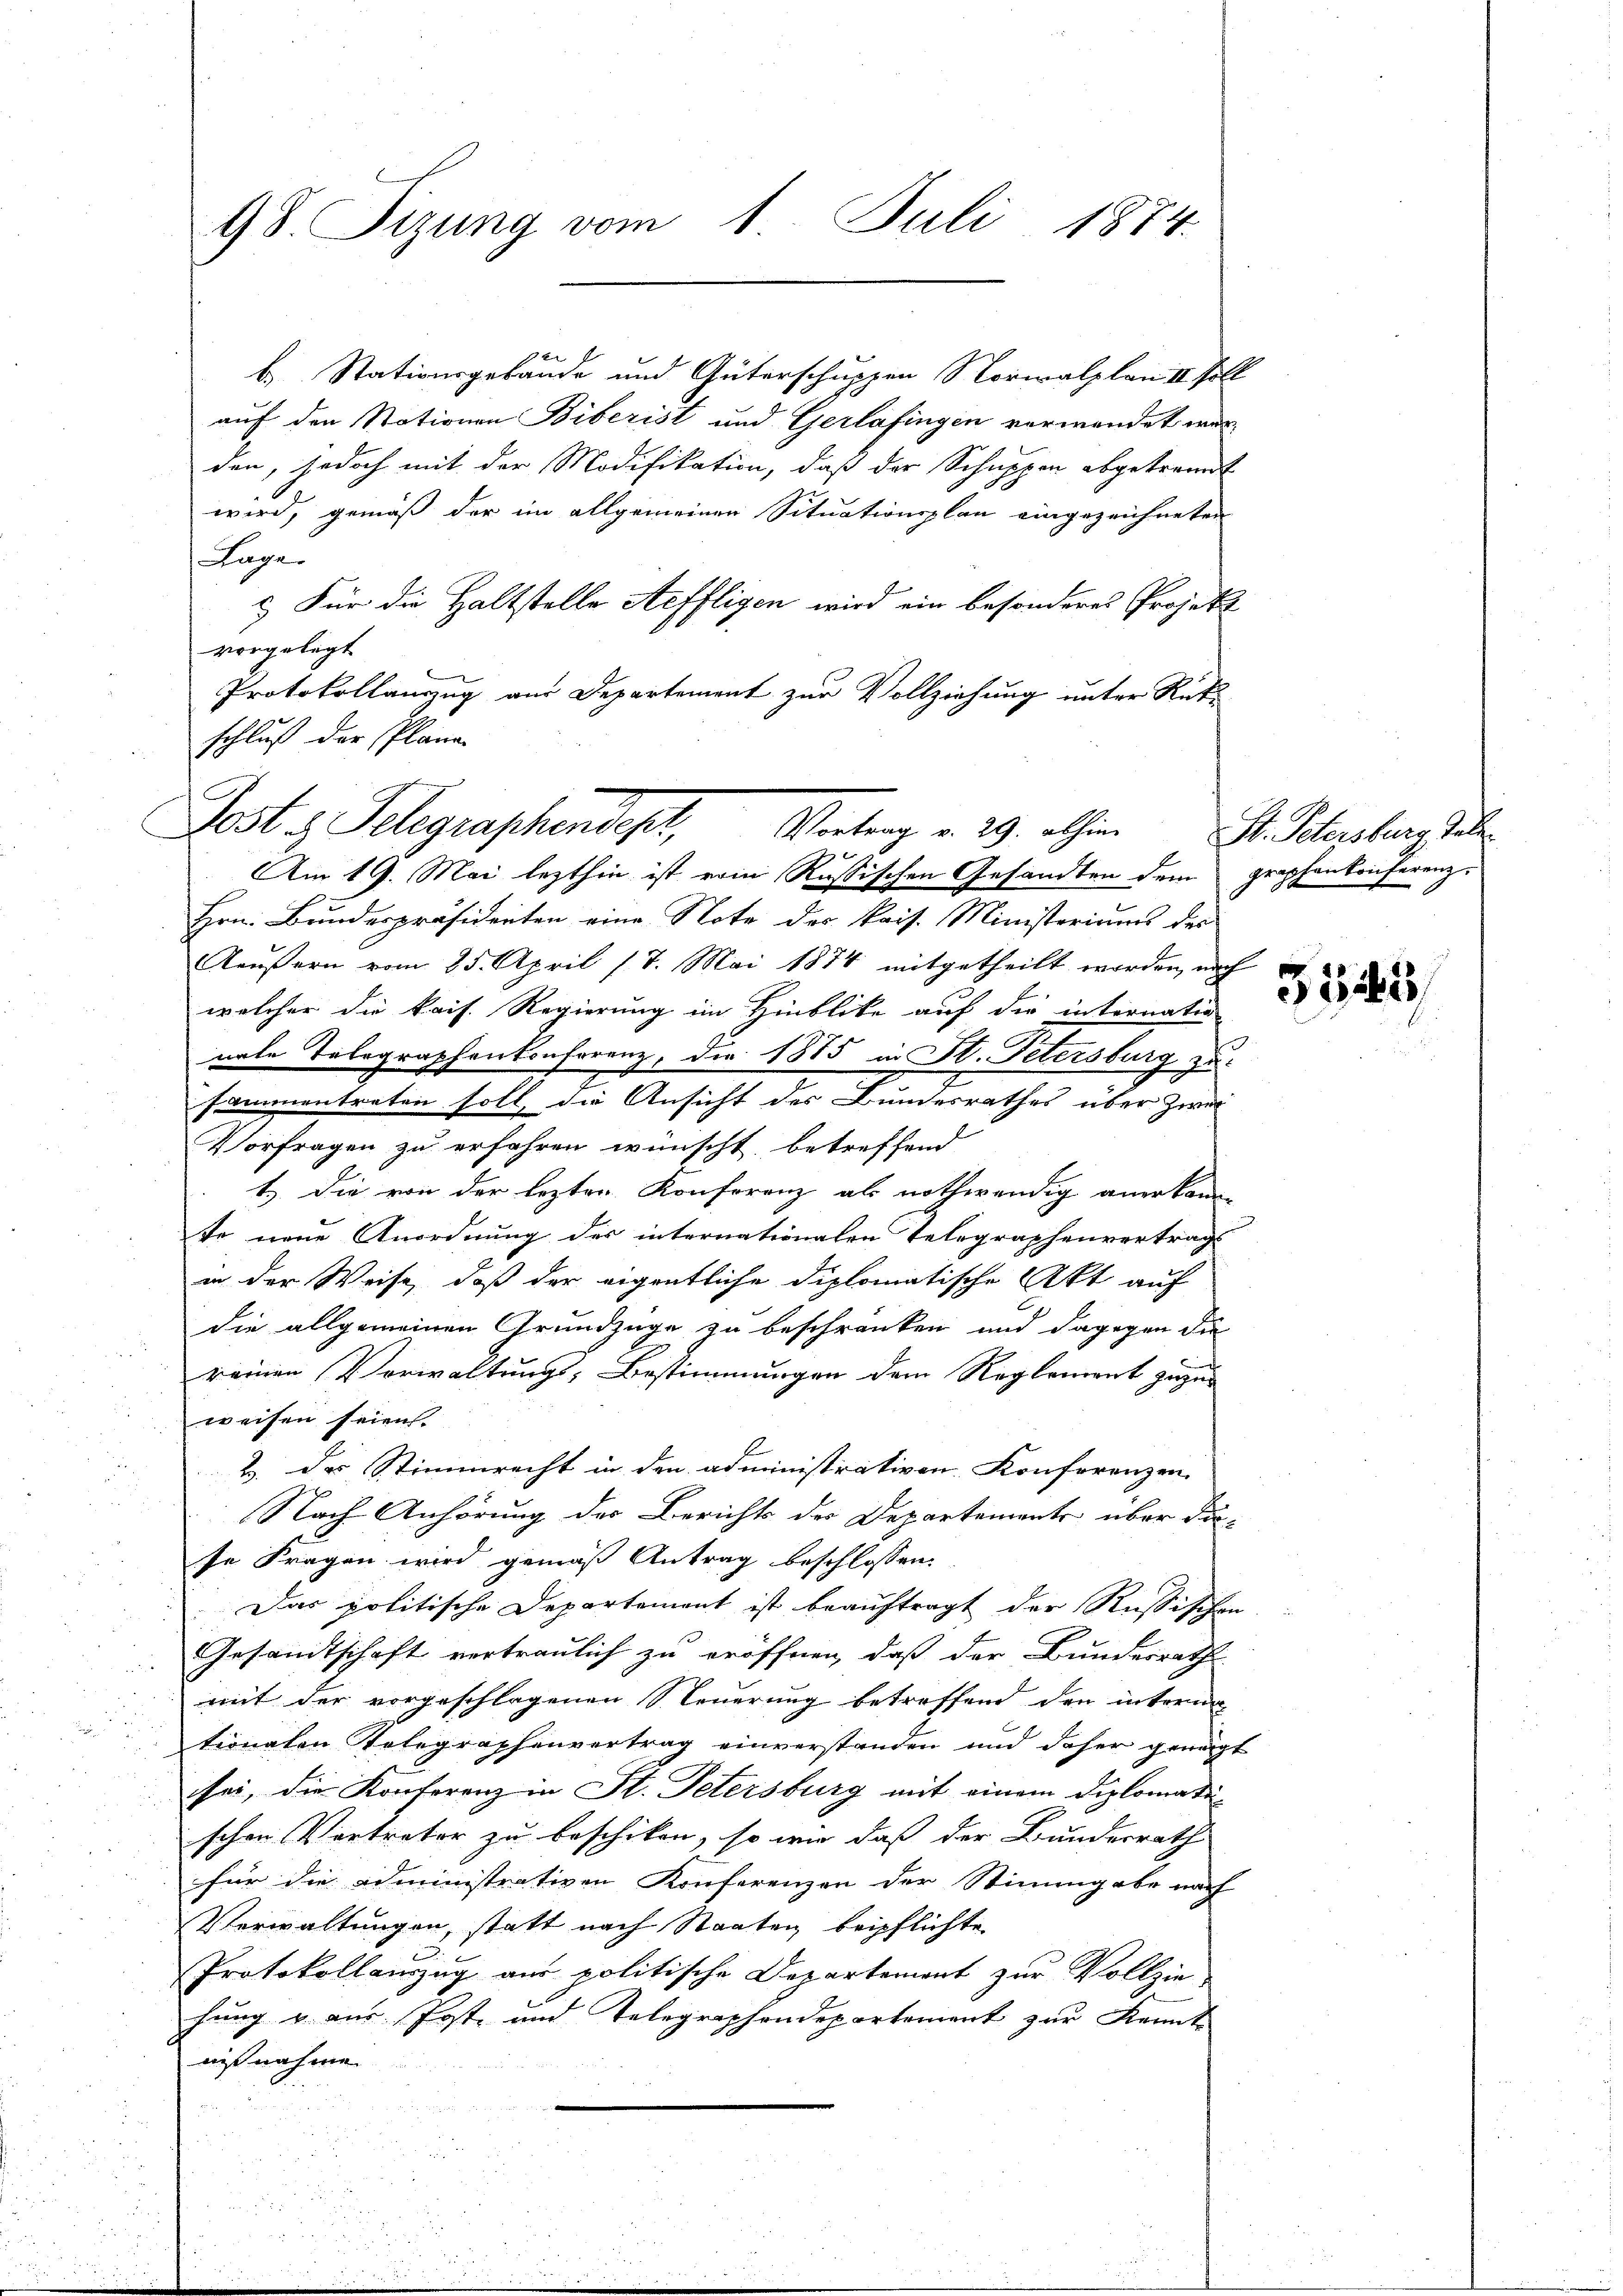
e
b. Stationsgebäude und Güterschuppen Norialplon II soll
auf den Stationen Biberist und Gerlafingen verwendet worden, jedoch mit der Modifikation, daß der Schuppen abgetrennt
wird, gemäß der im allgemeinen Situationsplan eingezeichneten
Lage.
u. Für die Haltstelle Aeffligen wird ein besonderes Projekt
vorgelegt
Protokollauszug aus Departement zur Vollziehung unter Rück-
schluß der Plane
Hrn. Bundespräsidenten eine Note der kais. Ministeriums der
Aeußern vom 25. April 17. Mai 1874 mitgetheilt worden, nach
welcher die kais. Regierung im Hinblicke auf die internatio
nate Telegraphenkonferenz, die 1885 in St. Petersburg zu
2
sammentreten soll, die Ansicht des Bundesrathes über zwei
Vorfragen zu erfahren wünscht, betreffend
1.) Die von der lezten Konferenz als nothwendig anerkann-
te neue Anordnung des internationalen Telegraphenvertrags
in der Weise, daß der eigentliche diplomatische Akt auf
die allgemeinen Grundzüge zu beschränken und dagegen die
reinen Vorwaltungs- Bestimmungen dem Reglement gegen
weisen seien.
2. des Stimmrecht in den administrativen Konferenzen
Nach Anhörung des Berichts des Departements über die-
se Fragen wird gemäß Antrag beschlossen:
Das politische Departement ist beauftragt der Russischen
Gesandtschaft vertraulich zu eröffnen, daß der Bundesrath
mit der vorgeschlagenen Steuerung betreffend den interna
tionalen Telegraphenvertrag einverstanden und daher geneigt
sei, die Konferenz in St. Petersburg mit einem Diplomatischen Vertreter zu beschiken, so wie das der Bundesrath
für die Administrativen Konferenzen der Stimmgabe nach
Verwaltungen, statt nach Staaten beipflichte
Protokollauszug aus politische Departement zur Vollzie
hung u. aus Post- und Telegraphendepartement zur Kennt
nißnahme

98. Sizung vom 1. Juli 1874.

Post z. Telegraphendet, Vertrag v. 29. alten
Am 19. Mai lezthin ist von Russischen Gesandten dem graphenkonferenz¬

Hr. Petersburg habe.

3145